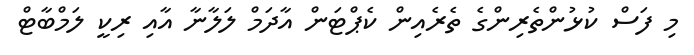
މި ފަސް ކުޅުންތެރިންގެ ތެރެއިން ކެޕްޓަން އާދަމް ލަލާނާ އާއި ރިކީ ލަމްބާޓް